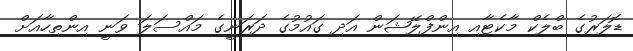
ޑޮލަރުގެ ބްލެކް މާކެޓާއި އިންފްލޭޝަން އަދި ގައުމުގެ ދަރަނީގެ މައްސަލަ ވަނީ އިންތިހާއަށް